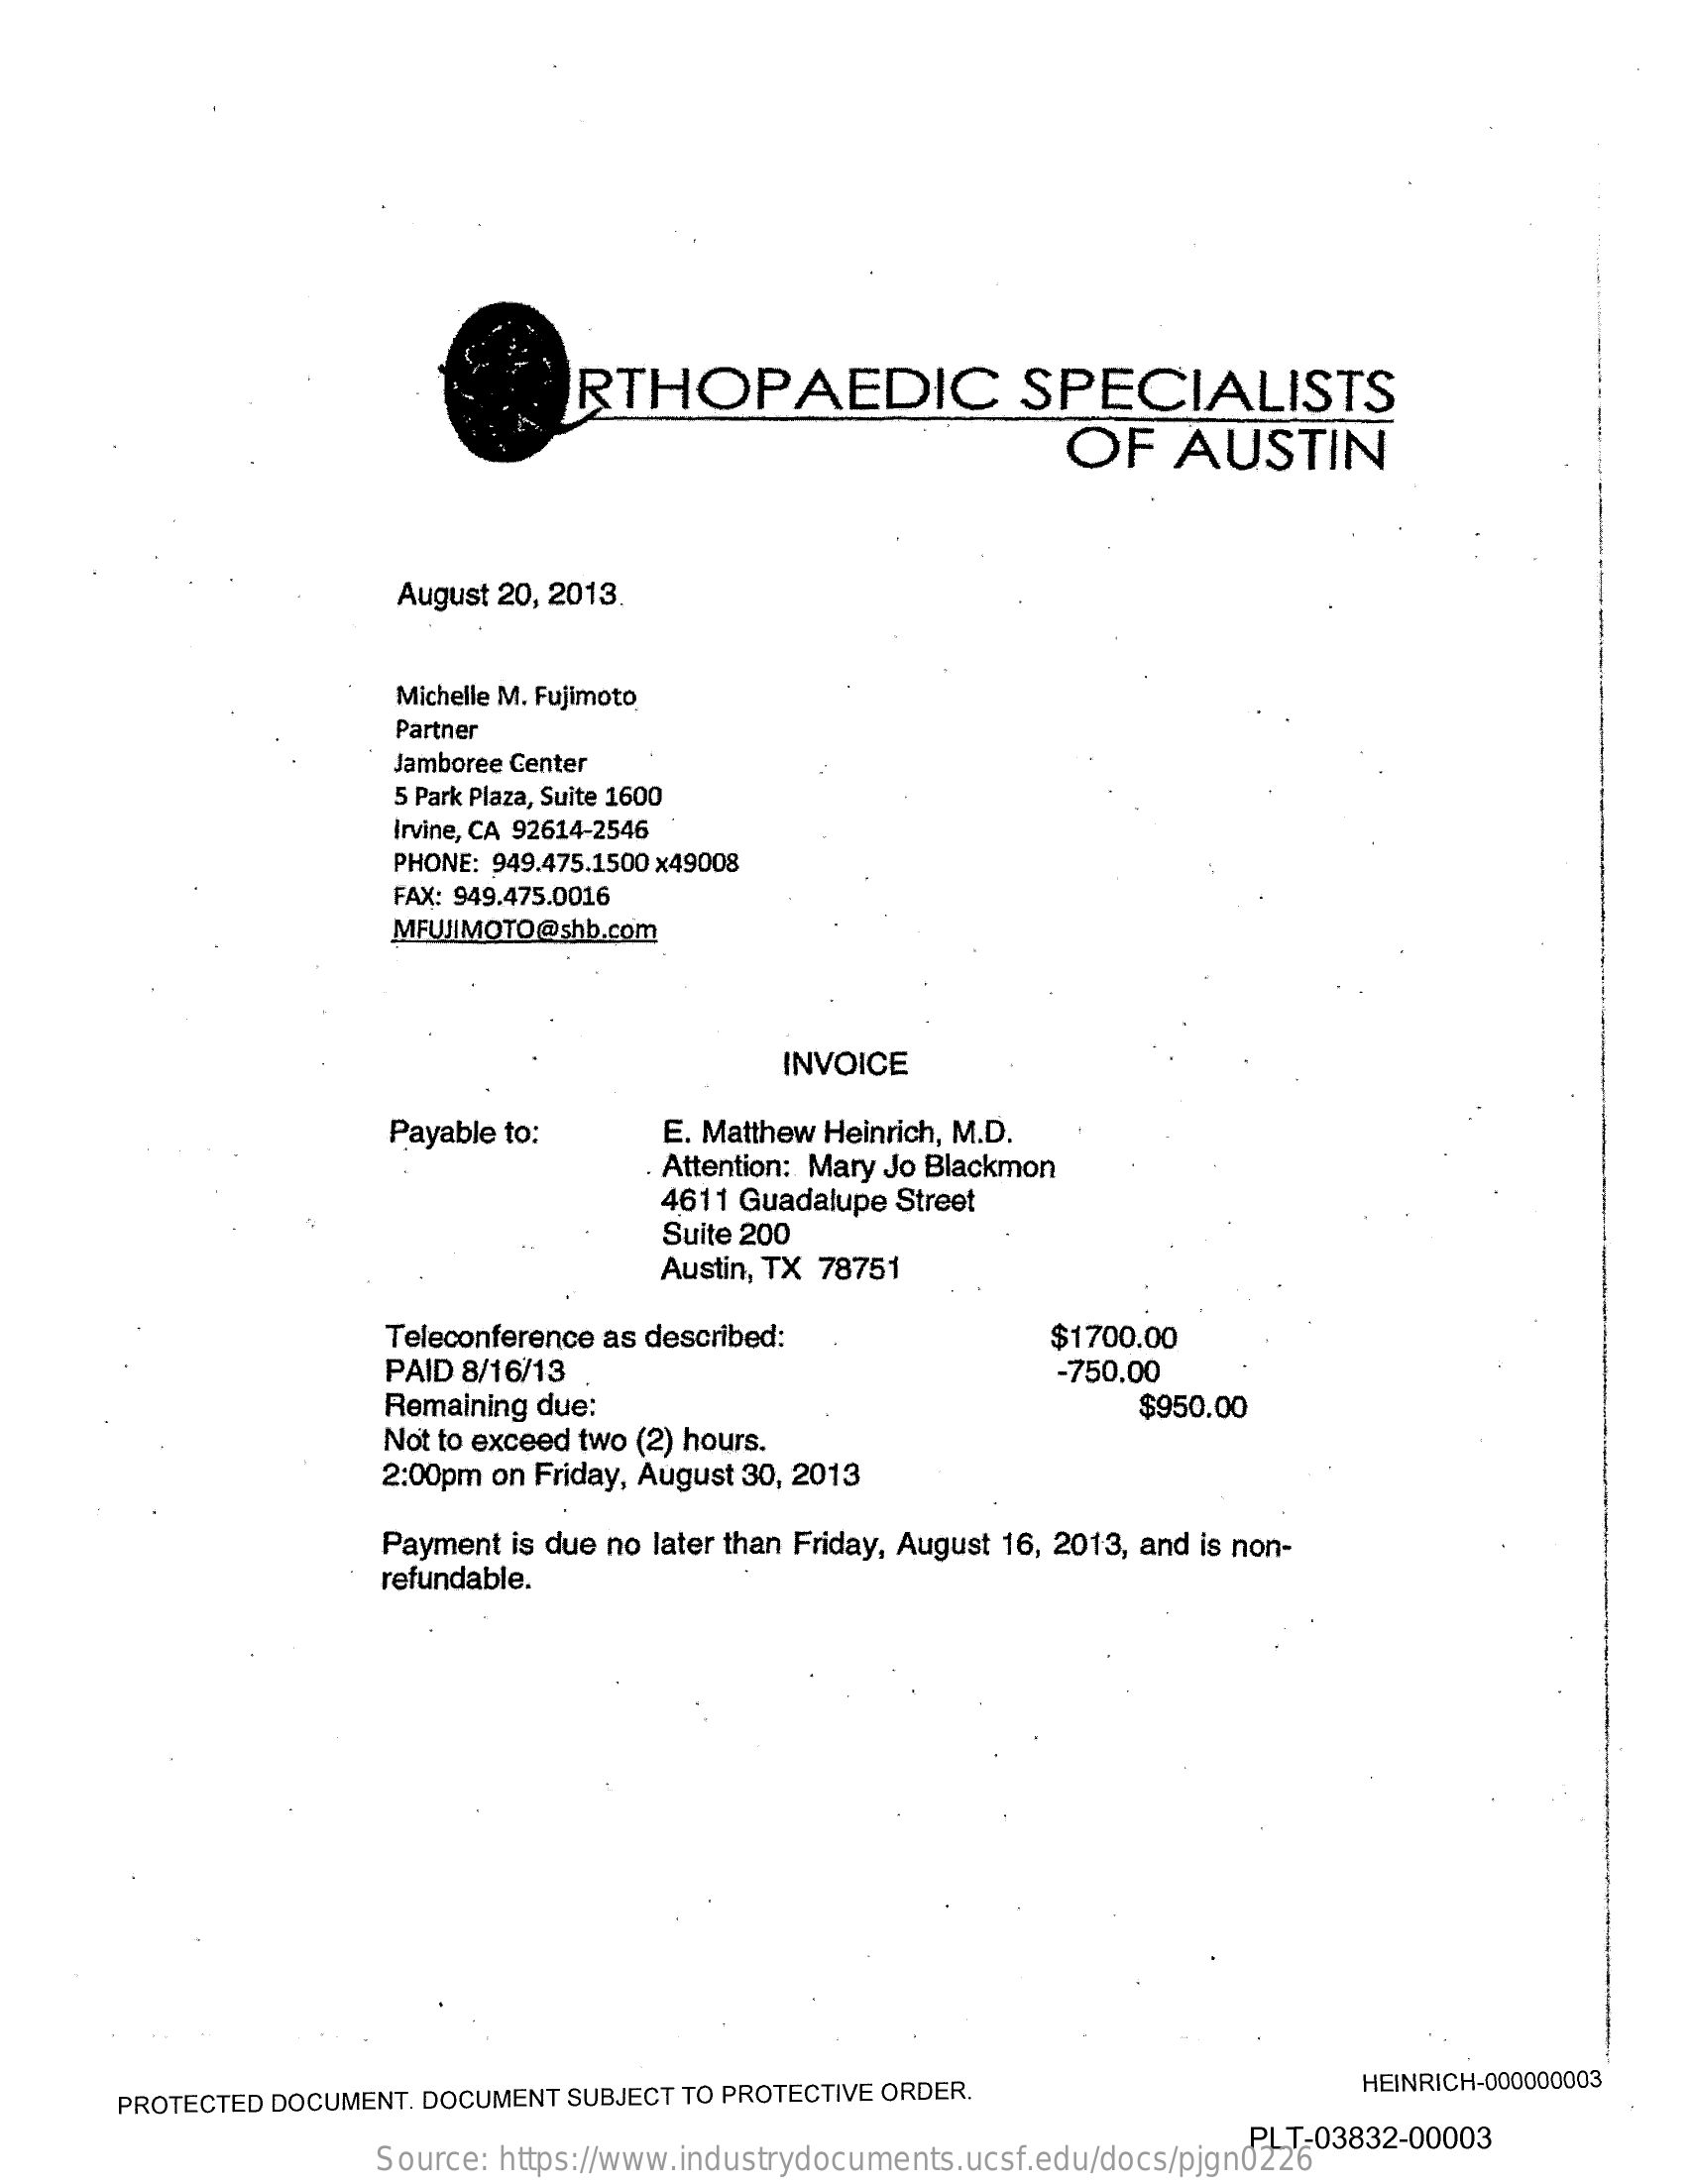
RTHOPAEDIC    SPECIALISTS
     OF  AUSTIN
     August 20, 2013
     Michelle M. Fujimoto
     Partner
     Jamboree Center
     5 Park Plaza, Suite 1600
     Irvine, CA 92614-2546
     PHONE: 949.475.1500 x49008
     FAX: 949.475.0016
     MFUJIMOTO@shb.com
     INVOICE
     Payable to:  E. Matthew Heinrich, M.D.
     Attention: Mary Jo Blackmon
     4611 Guadalupe Street
     Suite 200
     Austin, TX 78751
     Teleconference as described:   $1700.00
     PAID 8/16/13    -750.00
     Remaining due:    $950.00
     Not to exceed two (2) hours.
     2:00pm on Friday, August 30, 2013
     Payment is due no later than Friday, August 16, 2013, and is non-
     refundable.
     PROTECTED DOCUMENT. DOCUMENT SUBJECT TO PROTECTIVE ORDER. HEINRICH-000000003
     Source: https://www.industrydocuments.ucsf.edu/docs/pjgn0226
     PLT-03832-00003